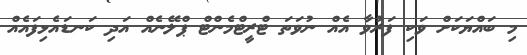
މި ބައްޔަކަށް ވަކި ފަރުވާ އެއް ނުވަތަ ޓްރީޓްމެންޓް ޕްލޭނެއް އަދި ކަނޑައެޅިފައެއް